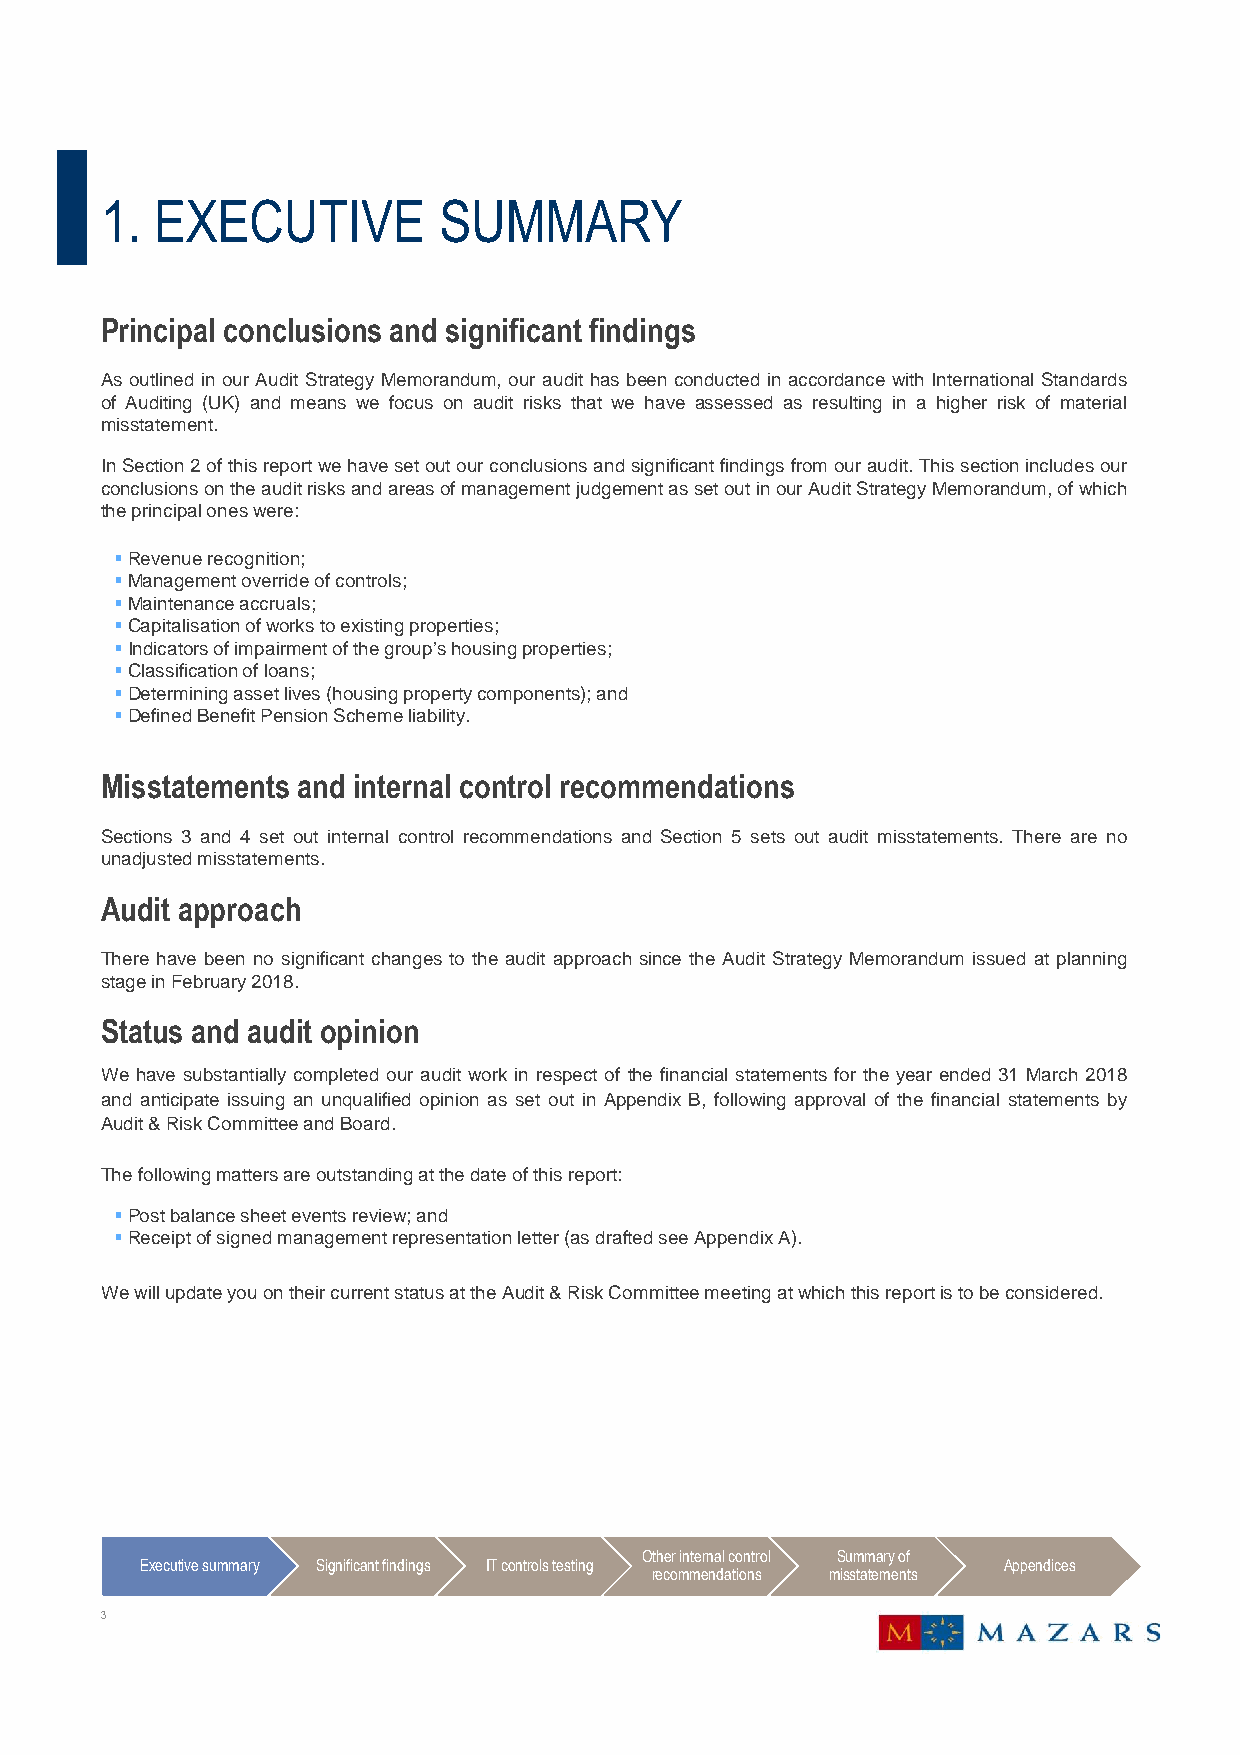
1. EXECUTIVE          SUMMARY
 Principal conclusions and significant findings
 As outlined in our Audit Strategy Memorandum, our audit has been conducted in accordance with International Standards
 of Auditing (UK) and means we focus on audit risks that we have assessed as resulting in a higher risk of material
 misstatement.
 InSection2ofthisreportwehavesetoutourconclusionsandsignificantfindingsfromouraudit.Thissectionincludesour
 conclusionsontheauditrisksandareasofmanagementjudgementassetoutinourAuditStrategyMemorandum,ofwhich
 theprincipaloneswere:
 (cid:1)Revenuerecognition;
 (cid:1)Managementoverrideofcontrols;
 (cid:1)Maintenanceaccruals;
 (cid:1)Capitalisationofworkstoexistingproperties;
 (cid:1)Indicatorsofimpairmentofthegroup’shousingproperties;
 (cid:1)Classificationofloans;
 (cid:1)Determiningassetlives(housingpropertycomponents);and
 (cid:1)DefinedBenefitPensionSchemeliability.
 Misstatements and internal control recommendations
 Sections 3 and 4 set out internal control recommendations and Section 5 sets out audit misstatements. There are no
 unadjustedmisstatements.
 Audit approach
 There have been no significant changes to the audit approach since the Audit Strategy Memorandum issued at planning
 stageinFebruary2018.
 Status and audit opinion
 We have substantially completed our audit work in respect of the financial statements for the year ended 31 March 2018
 and anticipate issuing an unqualified opinion as set out in Appendix B, following approval of the financial statements by
 Audit&RiskCommitteeandBoard.
 Thefollowingmattersareoutstandingatthedateofthisreport:
 (cid:1)Postbalancesheeteventsreview;and
 (cid:1)Receiptofsignedmanagementrepresentationletter(asdraftedseeAppendixA).
 We will update you on their current status at the Audit & Risk Committee meeting at which this report is to be considered.
 Other internal control Summary of
 Executive summary Significant findings IT controls testing Appendices
 recommendations misstatements
 3